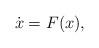
LaTeX: \begin{align*}\dot x = F(x),\end{align*}